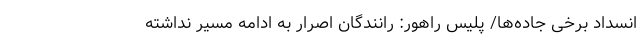
انسداد برخی جاده‌ها/ پلیس راهور: رانندگان اصرار به ادامه مسیر نداشته